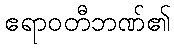
ဧရာဝတီဘဏ်၏